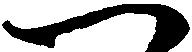
一